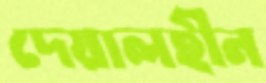
দেয়ালহীন